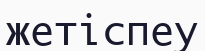
жетіспеу